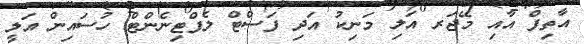
އާތިފް އާއި މޭޖަރ އަލި މަނިކު އަދި ފަސްޓް ލެފްޓިނެންޓް ހުސައިން އަލީ